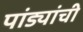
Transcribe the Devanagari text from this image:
पांड्यांची